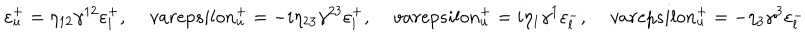
\varepsilon _ { u } ^ { + } = \eta _ { 1 2 } \gamma ^ { 1 2 } \varepsilon _ { l } ^ { + } , \, v a r e p s i l o n _ { u } ^ { + } = - i \eta _ { 2 3 } \gamma ^ { 2 3 } \varepsilon _ { l } ^ { + } , \, v a r e p s i l o n _ { u } ^ { + } = i \eta _ { 1 } \gamma ^ { 1 } \varepsilon _ { l } ^ { - } , \, v a r e p s i l o n _ { u } ^ { + } = - \eta _ { 3 } \gamma ^ { 3 } \varepsilon _ { l } ^ { - }